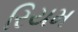
રિયમ